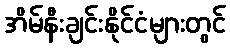
အိမ်နီးချင်းနိုင်ငံများတွင်